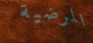
المرضية